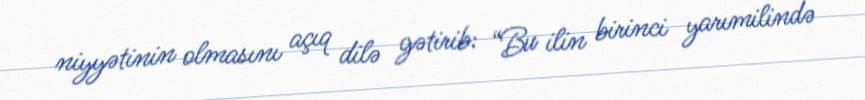
niyyətinin olmasını açıq dilə gətirib: “Bu ilin birinci yarımilində